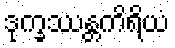
ဒုက္ခဿန္တကိရိယံ